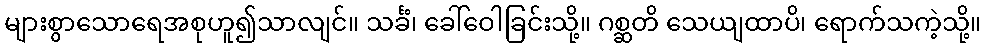
များစွာသောရေအစုဟူ၍သာလျင်။ သင်္ခံ၊ ခေါ်ဝေါခြင်းသို့။ ဂစ္ဆတိ သေယျထာပိ၊ ရောက်သကဲ့သို့။